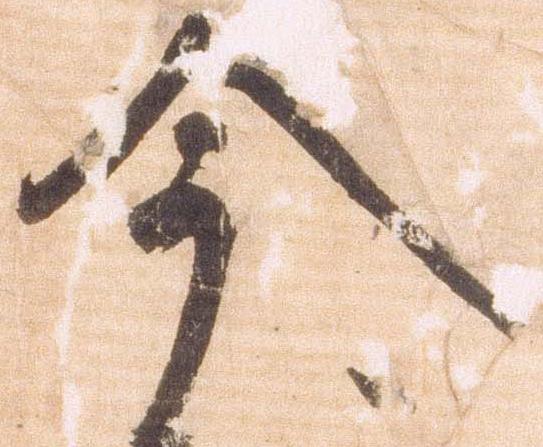
今